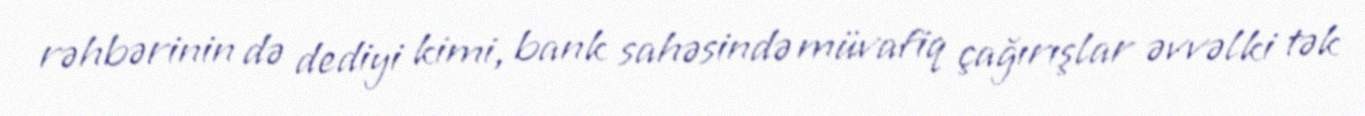
rəhbərinin də dediyi kimi, bank sahəsində müvafiq çağırışlar əvvəlki tək